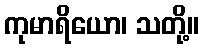
ကုမာရိယော၊ သတို့။